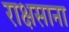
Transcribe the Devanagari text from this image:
राक्षसाना